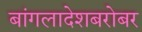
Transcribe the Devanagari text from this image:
बांगलादेशबरोबर